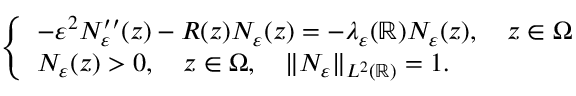
\left\{ \begin{array} { l l } { - \varepsilon ^ { 2 } N _ { \varepsilon } ^ { \prime \prime } ( z ) - R ( z ) N _ { \varepsilon } ( z ) = - \lambda _ { \varepsilon } ( \mathbb { R } ) N _ { \varepsilon } ( z ) , \quad z \in \Omega } \\ { N _ { \varepsilon } ( z ) > 0 , \quad z \in \Omega , \quad \| N _ { \varepsilon } \| _ { L ^ { 2 } ( \mathbb { R } ) } = 1 . } \end{array} \right.